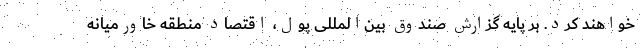
خواهند کرد. بر پایه گزارش صندوق بین‌المللی پول، اقتصاد منطقه خاورمیانه